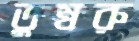
তুম্বরু